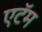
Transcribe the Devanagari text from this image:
एटॅम